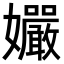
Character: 孍